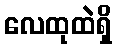
လေထုထဲရှိ